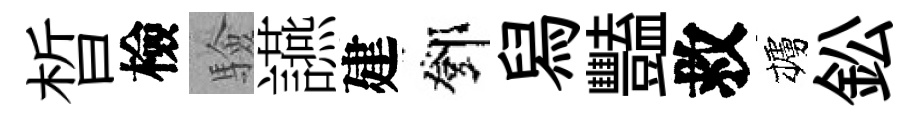
晳檢驗讌建鄧舄豔救櫨鈆